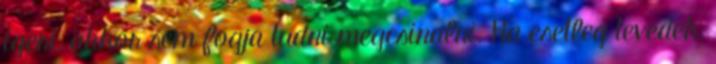
igeri, akkor sem fogja tudni megcsinalni. Ha esetleg tevedek,